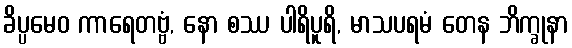
ခိပ္ပမေဝ ကာရေတဗ္ဗံ, နော စဿ ပါရိပူရိ, မာသပရမံ တေန ဘိက္ခုနာ